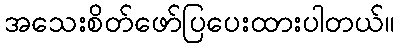
အသေးစိတ်ဖော်ပြပေးထားပါတယ်။